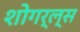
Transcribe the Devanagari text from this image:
शोगर्ल्स